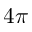
4 \pi